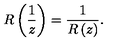
R \left( \frac { 1 } { z } \right) = \frac { 1 } { R \left( z \right) } .